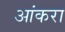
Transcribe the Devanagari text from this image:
आंकरा